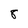
Character: 8